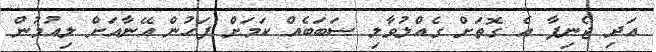
އަދި ޖެނިފާ އެ ގޮތަށް ގެއްލުވާލި ސަބަބެއް ކަމަށް ފަހުން އޭނާއަށް ލިއުމުން